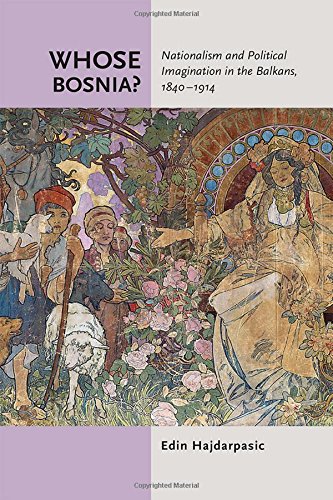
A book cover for Whose Bosnia?: Nationalism and Political Imagination in the Balkans, 1840-1914; Edin Hajdarpasic; History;